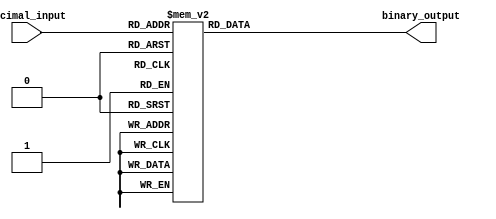
module DecimalToBinaryEncoder (
    input  [3:0] decimal_input,  // 4-bit input for decimal digits 0-9
    output reg [3:0] binary_output // 4-bit output for binary representation
);

// Always block to handle combinational logic
always @(*) begin
    case (decimal_input)
        4'b0000: binary_output = 4'b0000; // Decimal 0
        4'b0001: binary_output = 4'b0001; // Decimal 1
        4'b0010: binary_output = 4'b0010; // Decimal 2
        4'b0011: binary_output = 4'b0011; // Decimal 3
        4'b0100: binary_output = 4'b0100; // Decimal 4
        4'b0101: binary_output = 4'b0101; // Decimal 5
        4'b0110: binary_output = 4'b0110; // Decimal 6
        4'b0111: binary_output = 4'b0111; // Decimal 7
        4'b1000: binary_output = 4'b1000; // Decimal 8
        4'b1001: binary_output = 4'b1001; // Decimal 9
        default: binary_output = 4'b0000; // Invalid inputs (10-15) -> Output 0000
    endcase
end

endmodule